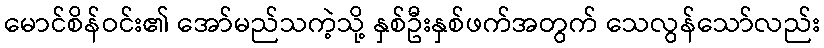
မောင်စိန်ဝင်း၏ အော်မည်သကဲ့သို့ နှစ်ဦးနှစ်ဖက်အတွက် သေလွန်သော်လည်း